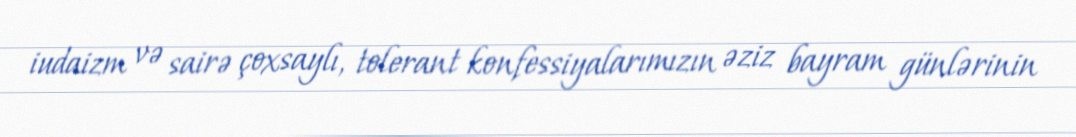
iudaizm və sairə çoxsaylı, tolerant konfessiyalarımızın əziz bayram günlərinin